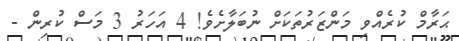
ޙަރާމް ކުރެއްވި މަންޒަރުތަކަށް ނުބަލާށެވެ! 4 އަހަރު 3 މަސް ކުރިން -